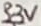
Text: 3.3V